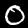
Label: 0